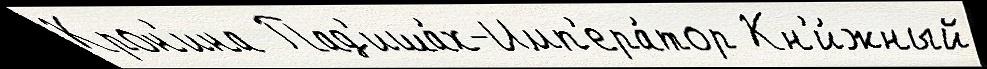
Крон'ина  Пад'иша́х-Имп'ера́тор Кн'и́жный